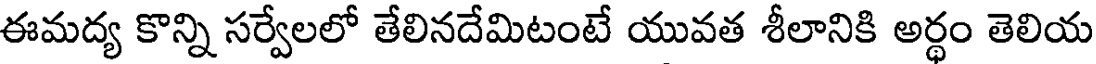
ఈమద్య కొన్ని సర్వేలలో తేలినదేమిటంటే యువత శీలానికి అర్థం తెలియ